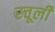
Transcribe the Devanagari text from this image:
स्चूली